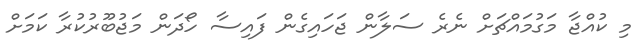
މި ކުއްޖާ މަގުމައްޗަށް ނެރެ ސަލާން ޖަހައިގެން ފައިސާ ހޯދަން މަޖުބޫރުކުރާ ކަމަށް